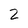
Character: Z